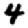
Digit: 4